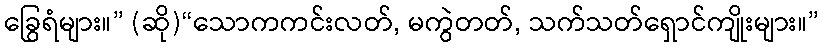
ခြွေရံများ။” (ဆို)“သောကကင်းလတ်, မကွဲတတ်, သက်သတ်ရှောင်ကျိုးများ။”